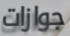
جوازات